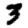
Digit: 3